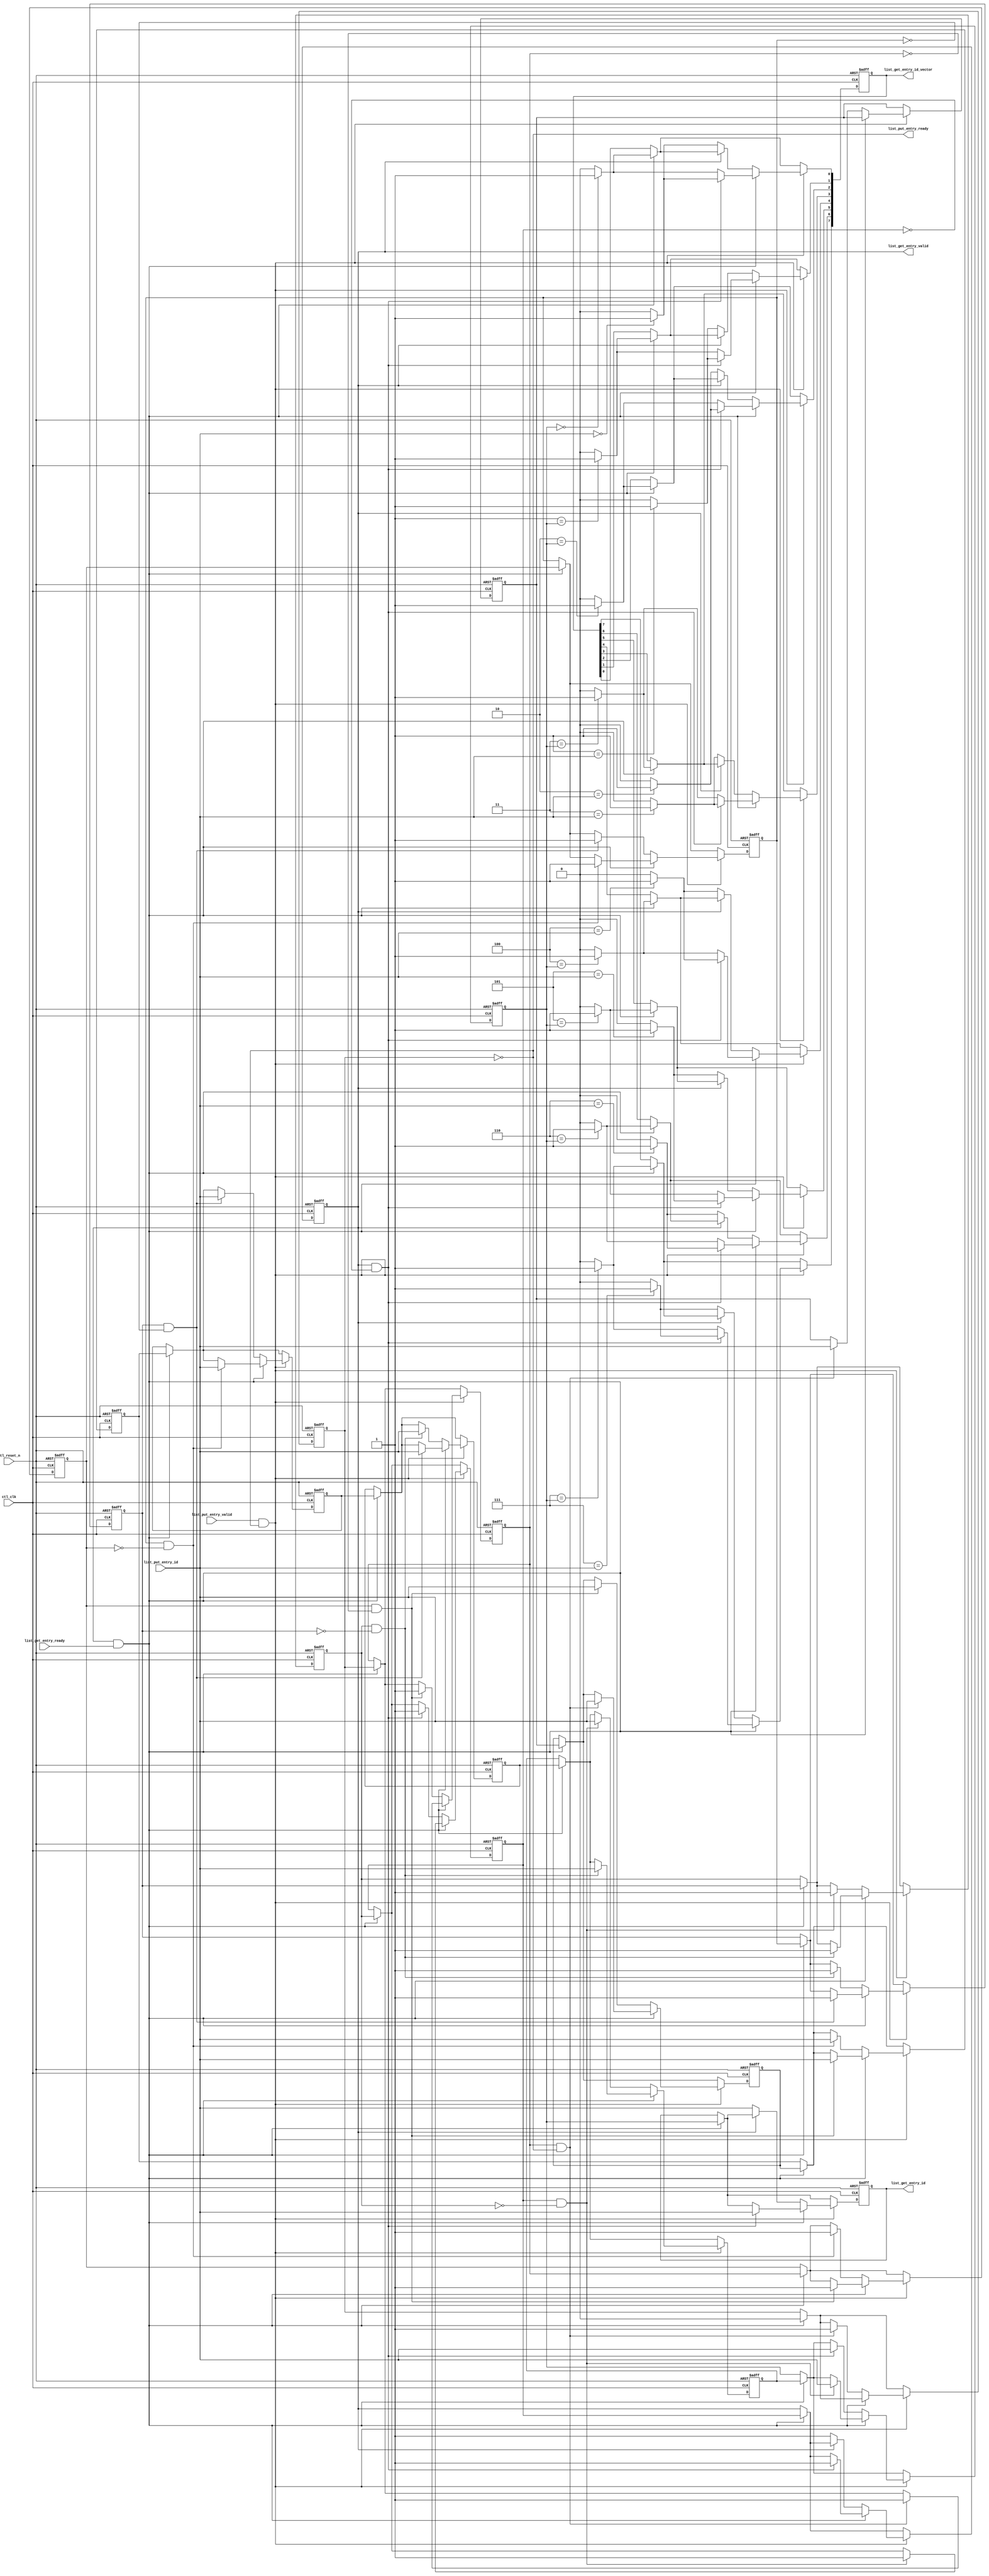

//altera message_off 10230

`timescale 1 ps / 1 ps

module alt_mem_ddrx_list
# (
    // module parameter port list
    parameter
        CTL_LIST_WIDTH              =    3,        // number of dram commands that can be tracked at a time
        CTL_LIST_DEPTH              =    8,
        CTL_LIST_INIT_VALUE_TYPE    =    "INCR",   // INCR, ZERO
        CTL_LIST_INIT_VALID         =    "VALID"   // VALID, INVALID
)
(
    // port list
    ctl_clk,
    ctl_reset_n,

    // pop free list
    list_get_entry_valid,
    list_get_entry_ready,
    list_get_entry_id,   
    list_get_entry_id_vector,

    // push free list
    list_put_entry_valid,
    list_put_entry_ready,
    list_put_entry_id   

);

    // -----------------------------
    // port declaration
    // -----------------------------

    input                               ctl_clk;
    input                               ctl_reset_n;

    // pop free list
    input                               list_get_entry_ready;
    output                              list_get_entry_valid;
    output [CTL_LIST_WIDTH-1:0]         list_get_entry_id;
    output [CTL_LIST_DEPTH-1:0]         list_get_entry_id_vector;

    // push free list
    output                              list_put_entry_ready;
    input                               list_put_entry_valid;
    input [CTL_LIST_WIDTH-1:0]          list_put_entry_id;


    // -----------------------------
    // port type declaration
    // -----------------------------

    reg                                 list_get_entry_valid;
    wire                                list_get_entry_ready;
    reg  [CTL_LIST_WIDTH-1:0]           list_get_entry_id;   
    reg  [CTL_LIST_DEPTH-1:0]           list_get_entry_id_vector;

    wire                                list_put_entry_valid;
    reg                                 list_put_entry_ready;
    wire [CTL_LIST_WIDTH-1:0]           list_put_entry_id;

    // -----------------------------
    // signal declaration
    // -----------------------------

    reg [CTL_LIST_WIDTH-1:0]            list          [CTL_LIST_DEPTH-1:0];
    reg                                 list_v        [CTL_LIST_DEPTH-1:0];
    reg [CTL_LIST_DEPTH-1:0]            list_vector;

    wire                                list_get = list_get_entry_valid & list_get_entry_ready;
    wire                                list_put = list_put_entry_valid & list_put_entry_ready;

    // -----------------------------
    // module definition
    // -----------------------------

    // generate interface signals
    always @ (*) 
    begin
        // connect interface signals to list head & tail
        list_get_entry_valid     = list_v[0];
        list_get_entry_id        = list[0];
        list_get_entry_id_vector = list_vector;
        list_put_entry_ready     = ~list_v[CTL_LIST_DEPTH-1];
    end

    // list put & get management
    integer i; 
    always @ (posedge ctl_clk or negedge ctl_reset_n) 
    begin
        if (~ctl_reset_n)
        begin
            for (i = 0; i < CTL_LIST_DEPTH; i = i + 1'b1)
            begin
                // initialize every entry
                if (CTL_LIST_INIT_VALUE_TYPE == "INCR")
                begin
                    list           [i]     <= i;
                end
                else
                begin
                    list           [i]     <= {CTL_LIST_WIDTH{1'b0}};
                end

                if (CTL_LIST_INIT_VALID == "VALID")
                begin
                    list_v         [i]     <= 1'b1;
                end
                else
                begin
                    list_v         [i]     <= 1'b0;
                end

            end
            
            list_vector <= {CTL_LIST_DEPTH{1'b0}};
        end
        else
        begin
            // get request code must be above put request code
            if (list_get)
            begin
                // on a get request, list is shifted to move next entry to head
                for (i = 1; i < CTL_LIST_DEPTH; i = i + 1'b1)
                begin
                    list_v     [i-1]   <=  list_v [i];
                    list       [i-1]   <=  list   [i];
                end

                    list_v     [CTL_LIST_DEPTH-1]   <=  0;
                
                for (i = 0; i < CTL_LIST_DEPTH;i = i + 1'b1)
                begin
                    if (i == list [1])
                    begin
                        list_vector [i] <= 1'b1;
                    end
                    else
                    begin
                        list_vector [i] <= 1'b0;
                    end
                end
            end

            if (list_put)
            begin
                // on a put request, next empty list entry is written
                
                if (~list_get)
                begin
                    // put request only
                    for (i = 1; i < CTL_LIST_DEPTH; i = i + 1'b1)
                    begin
                        if ( list_v[i-1] & ~list_v[i])
                        begin
                            list_v     [i]   <=  1'b1;
                            list       [i]   <=  list_put_entry_id;
                        end
                    end
                    if (~list_v[0])
                    begin
                        list_v     [0]   <=  1'b1;
                        list       [0]   <=  list_put_entry_id;
                        
                        for (i = 0; i < CTL_LIST_DEPTH;i = i + 1'b1)
                        begin
                            if (i == list_put_entry_id)
                            begin
                                list_vector [i] <= 1'b1;
                            end
                            else
                            begin
                                list_vector [i] <= 1'b0;
                            end
                        end
                    end
                end
                else
                begin
                    // put & get request on same cycle
                    for (i = 1; i < CTL_LIST_DEPTH; i = i + 1'b1)
                    begin
                        if (list_v[i-1] & ~list_v[i])
                        begin
                            list_v     [i-1]   <=  1'b1;
                            list       [i-1]   <=  list_put_entry_id;
                        end
                    end
                    // if (~list_v[0])
                    // begin
                    //     $display("error - list underflow");
                    // end
                    
                    for (i = 0; i < CTL_LIST_DEPTH;i = i + 1'b1)
                    begin
                        if (list_v[0] & ~list_v[1])
                        begin
                            if (i == list_put_entry_id)
                            begin
                                list_vector [i] <= 1'b1;
                            end
                            else
                            begin
                                list_vector [i] <= 1'b0;
                            end
                        end
                        else
                        begin
                            if (i == list [1])
                            begin
                                list_vector [i] <= 1'b1;
                            end
                            else
                            begin
                                list_vector [i] <= 1'b0;
                            end
                        end
                    end
                end

            end

        end
    end

endmodule